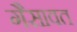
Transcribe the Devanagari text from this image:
गैसावत